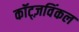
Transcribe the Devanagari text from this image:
कॉट्ज़विंकल